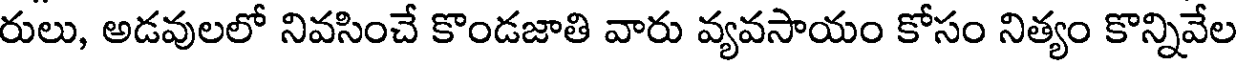
రులు, అడవులలో నివసించే కొండజాతి వారు వ్యవసాయం కోసం నిత్యం కొన్నివేల